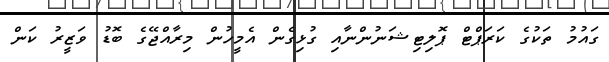
ގައުމު ތަކުގެ ކަރަޕްޓް ޕޮލިޓިޝަނުންނާއި ގުޅިގެން އެމީހުން މިރާއްޖޭގެ ބޮޑު ވަޒީރު ކަން